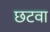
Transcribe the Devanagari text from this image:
छटवा